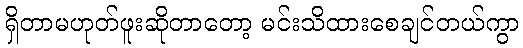
ရှိတာမဟုတ်ဖူးဆိုတာတော့ မင်းသိထားစေချင်တယ်ကွာ